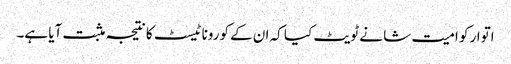
اتوار کو امیت شا نے ٹویٹ کیا کہ ان کے کورونا ٹیسٹ کا نتیجہ مثبت آیا ہے۔